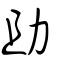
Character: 助